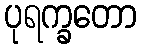
ပုရက္ခတော